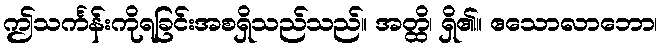
ဤသင်္ကန်းကိုရခြင်းအစရှိသည်သည်။ အတ္ထိ၊ ရှိ၏။ ဧသောလာဘော၊